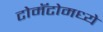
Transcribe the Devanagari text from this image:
टोमॅटोमध्ये